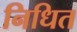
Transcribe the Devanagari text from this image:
निधित